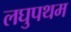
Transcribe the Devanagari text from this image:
लघुपथम